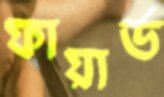
ফায়ার্ড